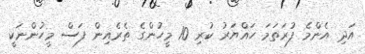
އަދި އެންމެ ފުރަތަމަ ހައްޔަރު ކުރި 10 މީހުންގެ ތެރެއިން ފަސް މީހުންނަކީ